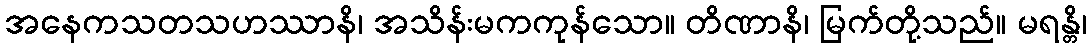
အနေကသတသဟဿာနိ၊ အသိန်းမကကုန်သော။ တိဏာနိ၊ မြက်တို့သည်။ မရန္တိ၊